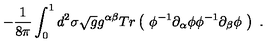
- \frac { 1 } { 8 \pi } \int _ { 0 } ^ { 1 } d ^ { 2 } \sigma \sqrt { g } g ^ { \alpha \beta } T r \left( \ \phi ^ { - 1 } \partial _ { \alpha } \phi \phi ^ { - 1 } \partial _ { \beta } \phi \ \right) \ .